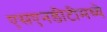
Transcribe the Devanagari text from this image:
एसएनडीटीमध्ये